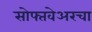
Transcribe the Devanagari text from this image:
सोफ्तवेअरचा